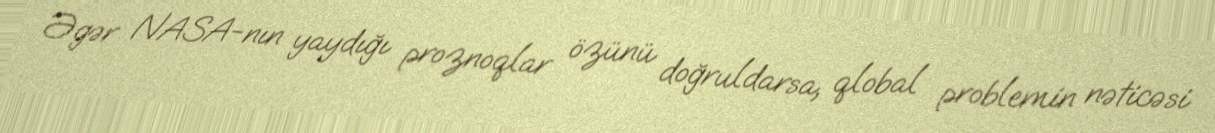
Əgər NASA-nın yaydığı proznoqlar özünü doğruldarsa, qlobal problemin nəticəsi